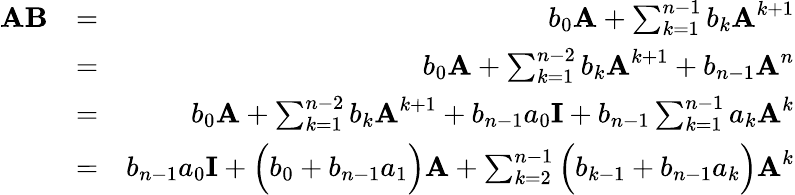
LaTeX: \begin{array}{rlr}{\textbf{A}\textbf{B}}&{=}&{b_{0}\textbf{A}+\sum_{k=1}^{n-1}b_{k}\textbf{A}^{k+1}}\\ &{=}&{b_{0}\textbf{A}+\sum_{k=1}^{n-2}b_{k}\textbf{A}^{k+1}+b_{n-1}\textbf{A}^{n}}\\ &{=}&{b_{0}\textbf{A}+\sum_{k=1}^{n-2}b_{k}\textbf{A}^{k+1}+b_{n-1}a_{0}\textbf{I}+b_{n-1}\sum_{k=1}^{n-1}a_{k}\textbf{A}^{k}}\\ &{=}&{b_{n-1}a_{0}\textbf{I}+\Big(b_{0}+b_{n-1}a_{1}\Big)\textbf{A}+\sum_{k=2}^{n-1}\Big(b_{k-1}+b_{n-1}a_{k}\Big)\textbf{A}^{k}}\end{array}